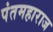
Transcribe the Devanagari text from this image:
पंतमहाराज